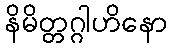
နိမိတ္တဂ္ဂါဟိနော